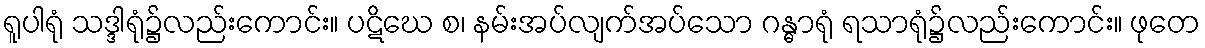
ရူပါရုံ သဒ္ဒါရုံ၌လည်းကောင်း။ ပဋိဃေ စ၊ နမ်းအပ်လျက်အပ်သော ဂန္ဓာရုံ ရသာရုံ၌လည်းကောင်း။ ဖုတေ